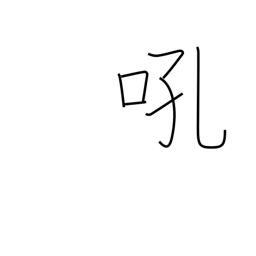
Meaning: bay